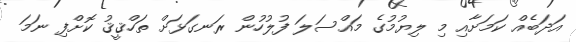
އަދަބެއް ކަމަށާއި މި ލިޔުމުގެ މައްސަލަ ފުލުހުން ރަނގަޅަށް ތަހްޤީޤު ކޮށްފި ނަމަ